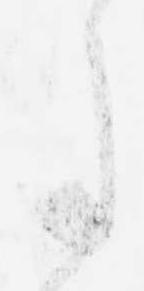
月